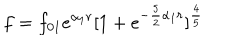
f = f _ { 0 1 } e ^ { \alpha _ { 1 } r } [ 1 + e ^ { - \frac { 5 } { 2 } { \alpha _ { 1 } } r } ] ^ { \frac { 4 } { 5 } }